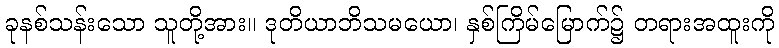
ခုနစ်သန်းသော သူတို့အား။ ဒုတိယာဘိသမယော၊ နှစ်ကြိမ်မြောက်၌ တရားအထူးကို